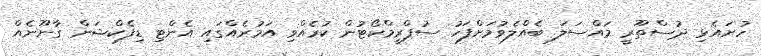
ހުށައެޅި ދުސްތޫރީ މައްސަލަ ބެއްލެވުމަށްފަހު ސުޕްރީމްކޯޓުން ކުރެއްވި އަމުރެއްގައި އެންޓި ޑިފެކްޝަން ގާނޫނެއް